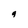
Character: 9